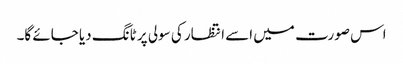
اس صورت میں اسے انتظار کی سولی پر ٹانگ دیا جائے گا۔